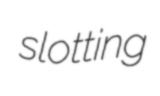
slotting